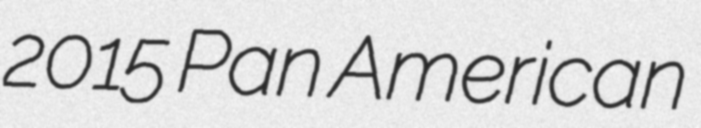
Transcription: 2015 Pan American